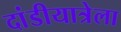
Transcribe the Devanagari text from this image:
दांडीयात्रेला